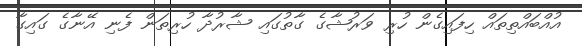
އުއްބައްތިތައް ހިފައިގެން ހުރި ވަރުޝާގެ ގާތުގައި ޝާރުދާ ހުރިތަން ފެނި އޭނާގެ ގައިގާ